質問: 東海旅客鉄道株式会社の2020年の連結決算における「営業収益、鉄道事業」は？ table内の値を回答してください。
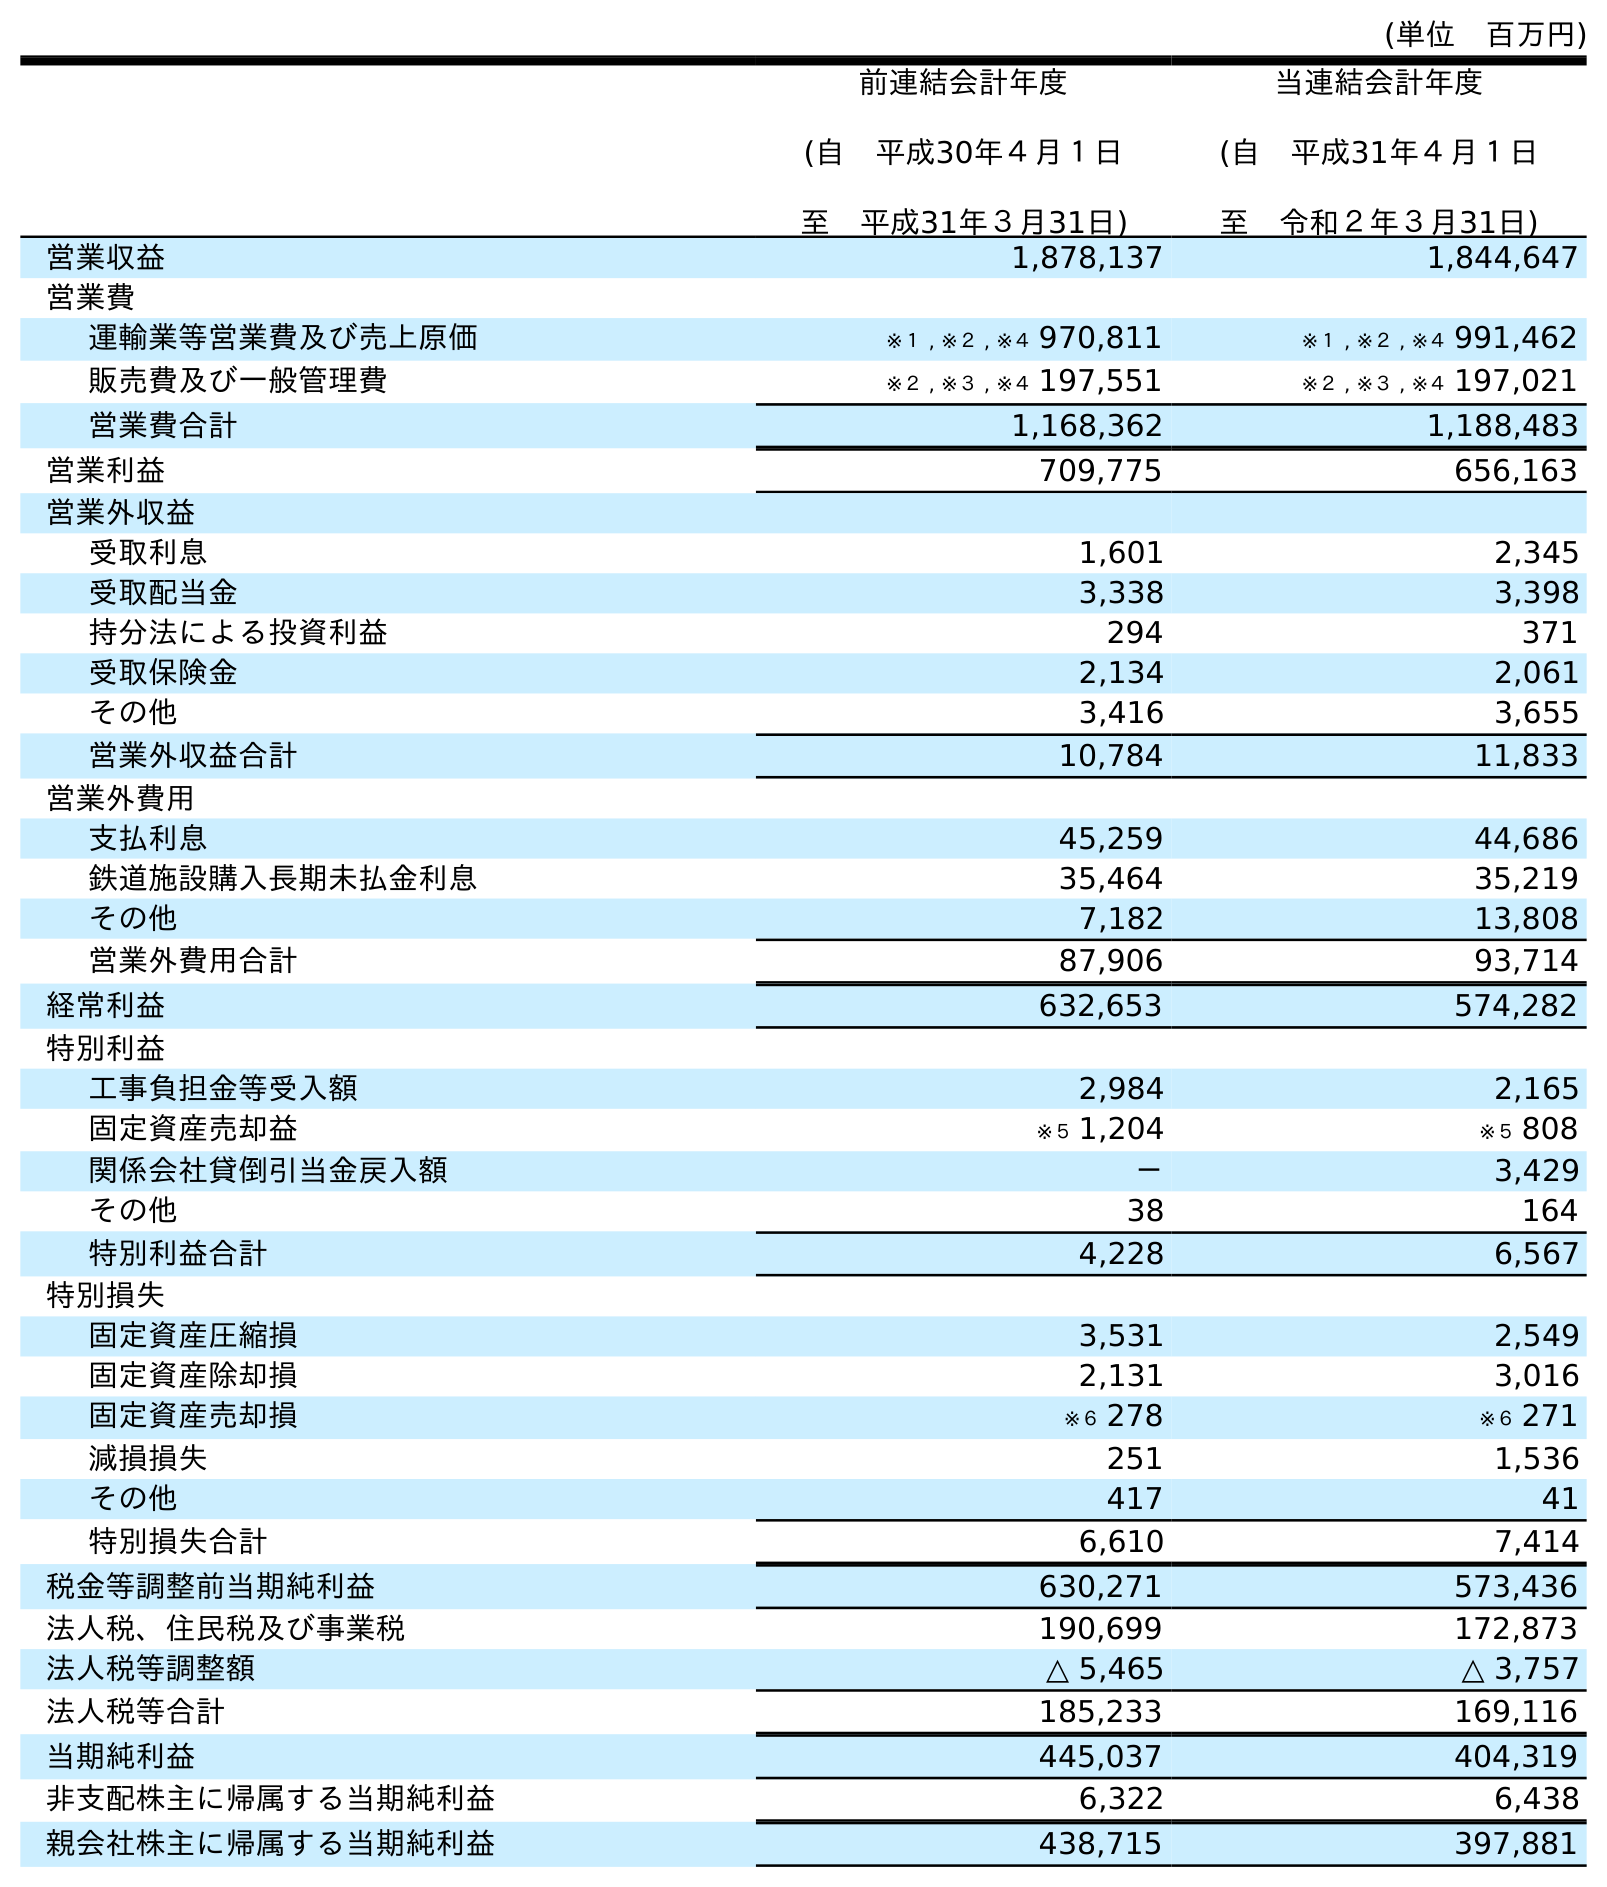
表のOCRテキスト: (単位 百万円) 前連結会計年度 (自 平成30年４月１日 至 平成31年３月31日) 当連結会計年度 (自 平成31年４月１日 至 令和２年３月31日) 営業収益 1,878,137 1,844,647 営業費 運輸業等営業費及び売上原価 ※１ , ※２ , ※４ 970,811 ※１ , ※２ , ※４ 991,462 販売費及び一般管理費 ※２ , ※３ , ※４ 197,551 ※２ , ※３ , ※４ 197,021 営業費合計 1,168,362 1,188,483 営業利益 709,775 656,163 営業外収益 受取利息 1,601 2,345 受取配当金 3,338 3,398 持分法による投資利益 294 371 受取保険金 2,134 2,061 その他 3,416 3,655 営業外収益合計 10,784 11,833 営業外費用 支払利息 45,259 44,686 鉄道施設購入長期未払金利息 35,464 35,219 その他 7,182 13,808 営業外費用合計 87,906 93,714 経常利益 632,653 574,282 特別利益 工事負担金等受入額 2,984 2,165 固定資産売却益 ※５ 1,204 ※５ 808 関係会社貸倒引当金戻入額 － 3,429 その他 38 164 特別利益合計 4,228 6,567 特別損失 固定資産圧縮損 3,531 2,549 固定資産除却損 2,131 3,016 固定資産売却損 ※６ 278 ※６ 271 減損損失 251 1,536 その他 417 41 特別損失合計 6,610 7,414 税金等調整前当期純利益 630,271 573,436 法人税、住民税及び事業税 190,699 172,873 法人税等調整額 △ 5,465 △ 3,757 法人税等合計 185,233 169,116 当期純利益 445,037 404,319 非支配株主に帰属する当期純利益 6,322 6,438 親会社株主に帰属する当期純利益 438,715 397,881
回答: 1,844,647